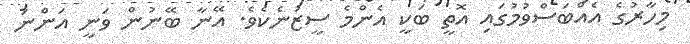
މިހާރުގެ އެއްބަސްވުމުގައި އޮތީ ބަކީ އެންމެ ސީޒަނެކެވެ. އޭނާ ބޭނުން ވަނީ އަންނަ